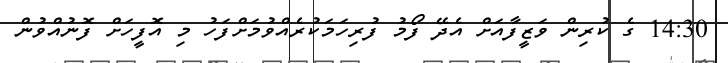
14:30 ގެ ކުރިން ވަޒީފާއަށް އެދޭ ފޯމު ފުރިހަމަކުރެއްވުމަށްފަހު މި އޮފީހަށް ފޮނުއްވުން